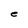
Character: e